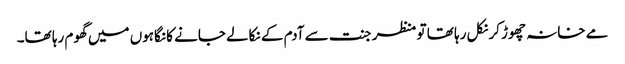
مے خانہ چھوڑ کر نکل رہا تھا تو منظر جنت سے آدم کے نکالے جانے کا نگاہوں میں گھوم رہا تھا۔